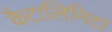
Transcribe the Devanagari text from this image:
कैटालिनिटा